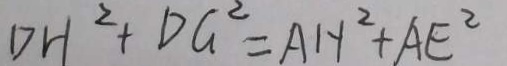
D H ^ { 2 } + D G ^ { 2 } = A H ^ { 2 } + A E ^ { 2 }